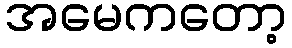
အမေကတော့